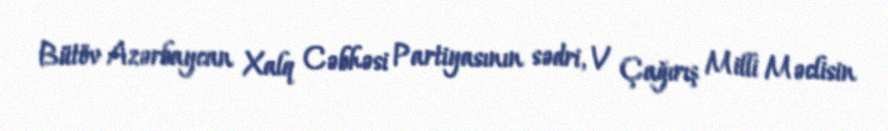
Bütöv Azərbaycan Xalq Cəbhəsi Partiyasının sədri, V Çağırış Milli Məclisin